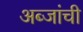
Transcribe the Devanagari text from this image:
अब्जांची